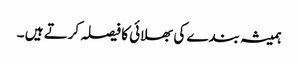
ہمیشہ بندے کی بھلائی کا فیصلہ کرتے ہیں ۔